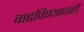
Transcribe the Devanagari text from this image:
वाढविण्याचाही